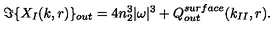
\Im \{ X _ { I } ( k , r ) \} _ { o u t } = 4 n _ { 2 } ^ { 3 } | \omega | ^ { 3 } + Q _ { o u t } ^ { s u r f a c e } ( k _ { I I } , r ) .